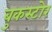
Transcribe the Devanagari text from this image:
बुकस्‍टोर